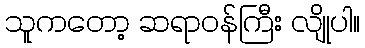
သူကတော့ ဆရာဝန်ကြီး လျိုပါ။